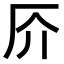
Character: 𠨴